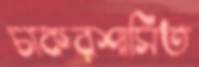
চাকরশাসিত